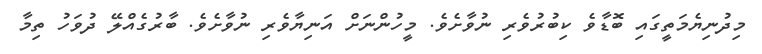
މިދުނިޔެމަތީގައި ބޮޑާވެ ކިބުރުވެރި ނުވާށެވެ. މީހުންނަށް އަނިޔާވެރި ނުވާށެވެ. ބާރުގެއްލޭ ދުވަހު ތިމާ